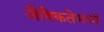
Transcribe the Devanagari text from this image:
जैविकतेमध्ये